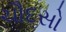
ચૌદસો